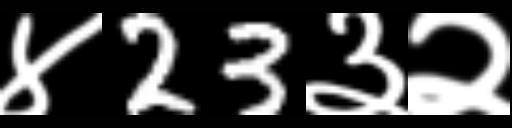
Text: ४23३२